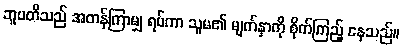
ဘူပတိသည် အတန်ကြာမျှ ရပ်ကာ သူမ၏ မျက်နှာကို စိုက်ကြည့် နေသည်။